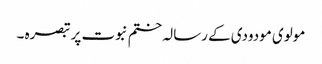
مولوی مودودی کے رسالہ ختم نبوت پر تبصرہ ۔